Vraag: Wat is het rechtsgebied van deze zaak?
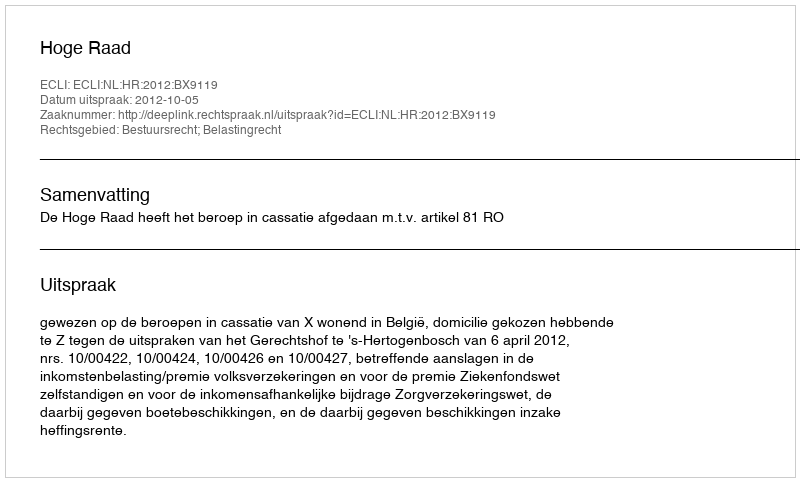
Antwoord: Bestuursrecht; Belastingrecht